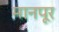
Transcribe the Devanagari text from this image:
मानपूर